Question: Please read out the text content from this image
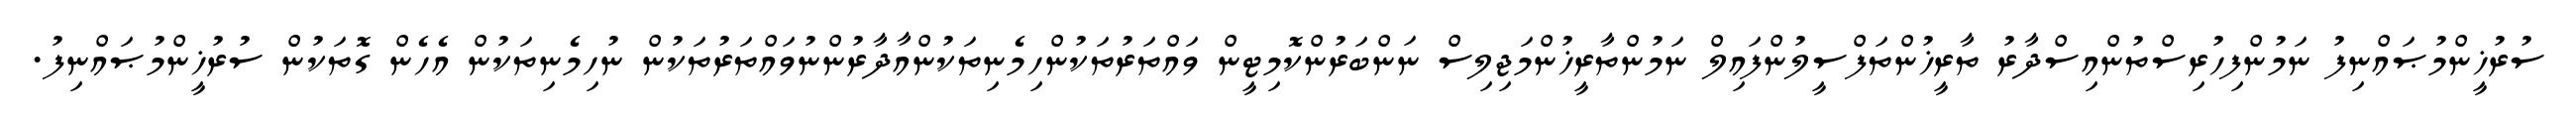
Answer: ސުރުޚީންމުޞައްނިފު ނަމުންފިހުރިސްތުންއިސްދާރު ތާރީޚުންތަފްސީލުންފައިލް ނަމުންތާރީޚުންމަޖިލިސް ނަންބަރުންކޮމިޓީން ވައްތަރުތަކުންހިމެނިތަކުންއާދާރުންނުވައްތަރުތަކުން ނުހިމެނިތަކުން އެހެން ގޮތަކުން ސުރުޚީންމުޞައްނިފު.